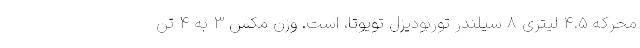
محرکه 4.5 لیتری 8 سیلندر توربودیزل تویوتا، است. وزن مکس 3 به 4 تن